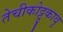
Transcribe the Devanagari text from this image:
तेचीकोट्टुकावु